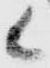
候